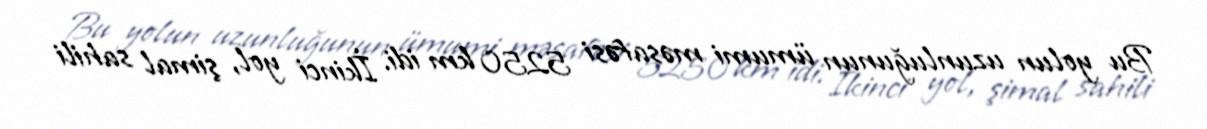
Bu yolun uzunluğunun ümumi məsafəsi 5250 km idi. İkinci yol, şimal sahili